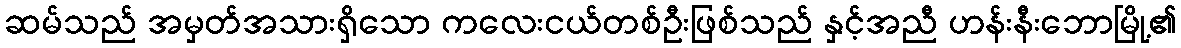
ဆမ်သည် အမှတ်အသားရှိသော ကလေးငယ်တစ်ဦးဖြစ်သည် နှင့်အညီ ဟန်းနီးဘောမြို့၏